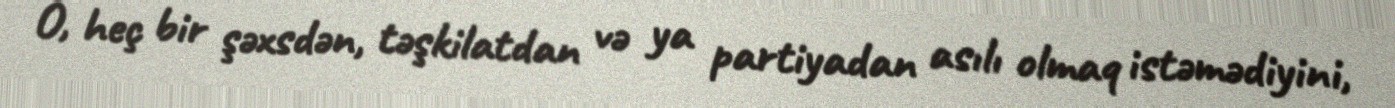
O, heç bir şəxsdən, təşkilatdan və ya partiyadan asılı olmaq istəmədiyini,